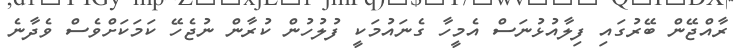
ރާއްޖޭން ބޭރުގައި ފިލާއުޅުނަސް އެމީހާ ގެނައުމަކީ ފުލުހުން ކުރާން ނުޖެހޭ ކަމަކަށްވެސް ވެދާނެ